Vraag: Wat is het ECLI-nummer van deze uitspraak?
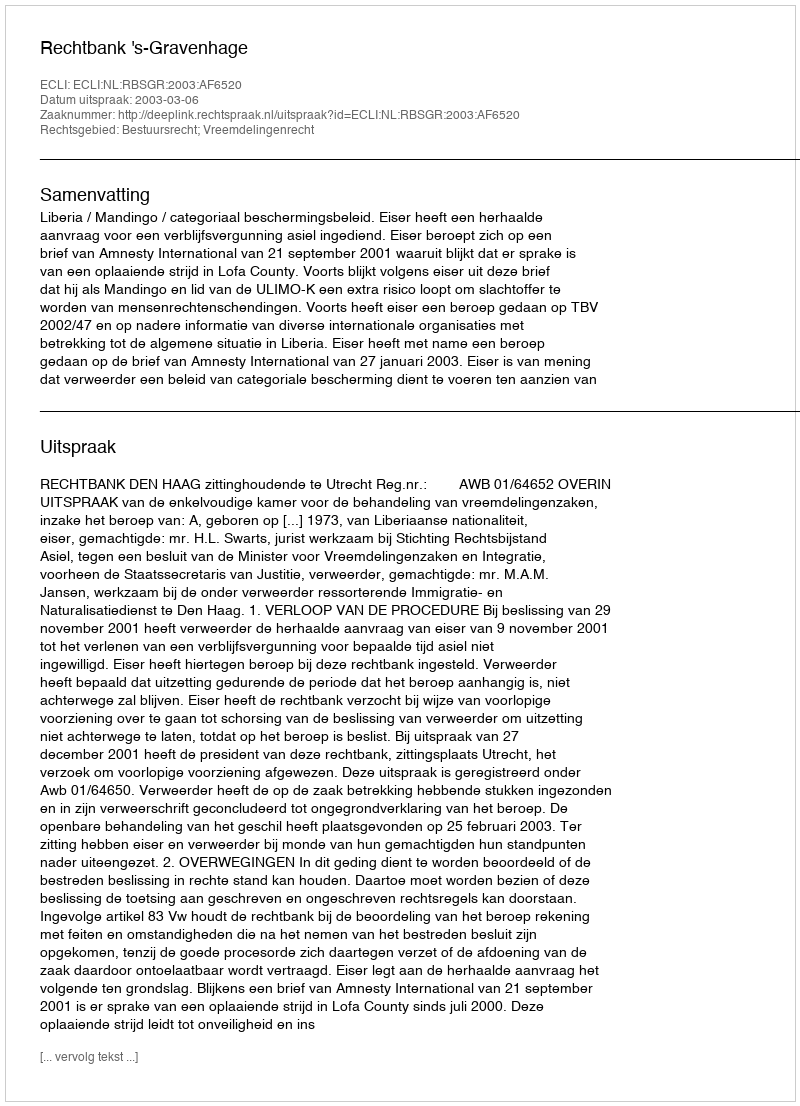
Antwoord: ECLI:NL:RBSGR:2003:AF6520